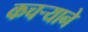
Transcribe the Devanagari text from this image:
कचऱ्याने